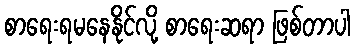
စာရေးရမနေနိုင်လို့ စာရေးဆရာ ဖြစ်တာပါ